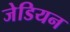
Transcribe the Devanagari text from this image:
जेडियन